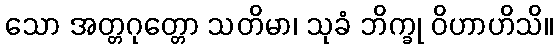
သော အတ္တဂုတ္တော သတိမာ၊ သုခံ ဘိက္ခု ဝိဟာဟိသိ။